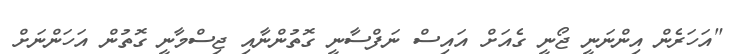
"އަހަރެން އިންނަނީ ޖޯނީ ގެއަށް އައިސް ނަފްސާނީ ގޮތުންނާއި ޖިސްމާނީ ގޮތުން އަހަންނަށް